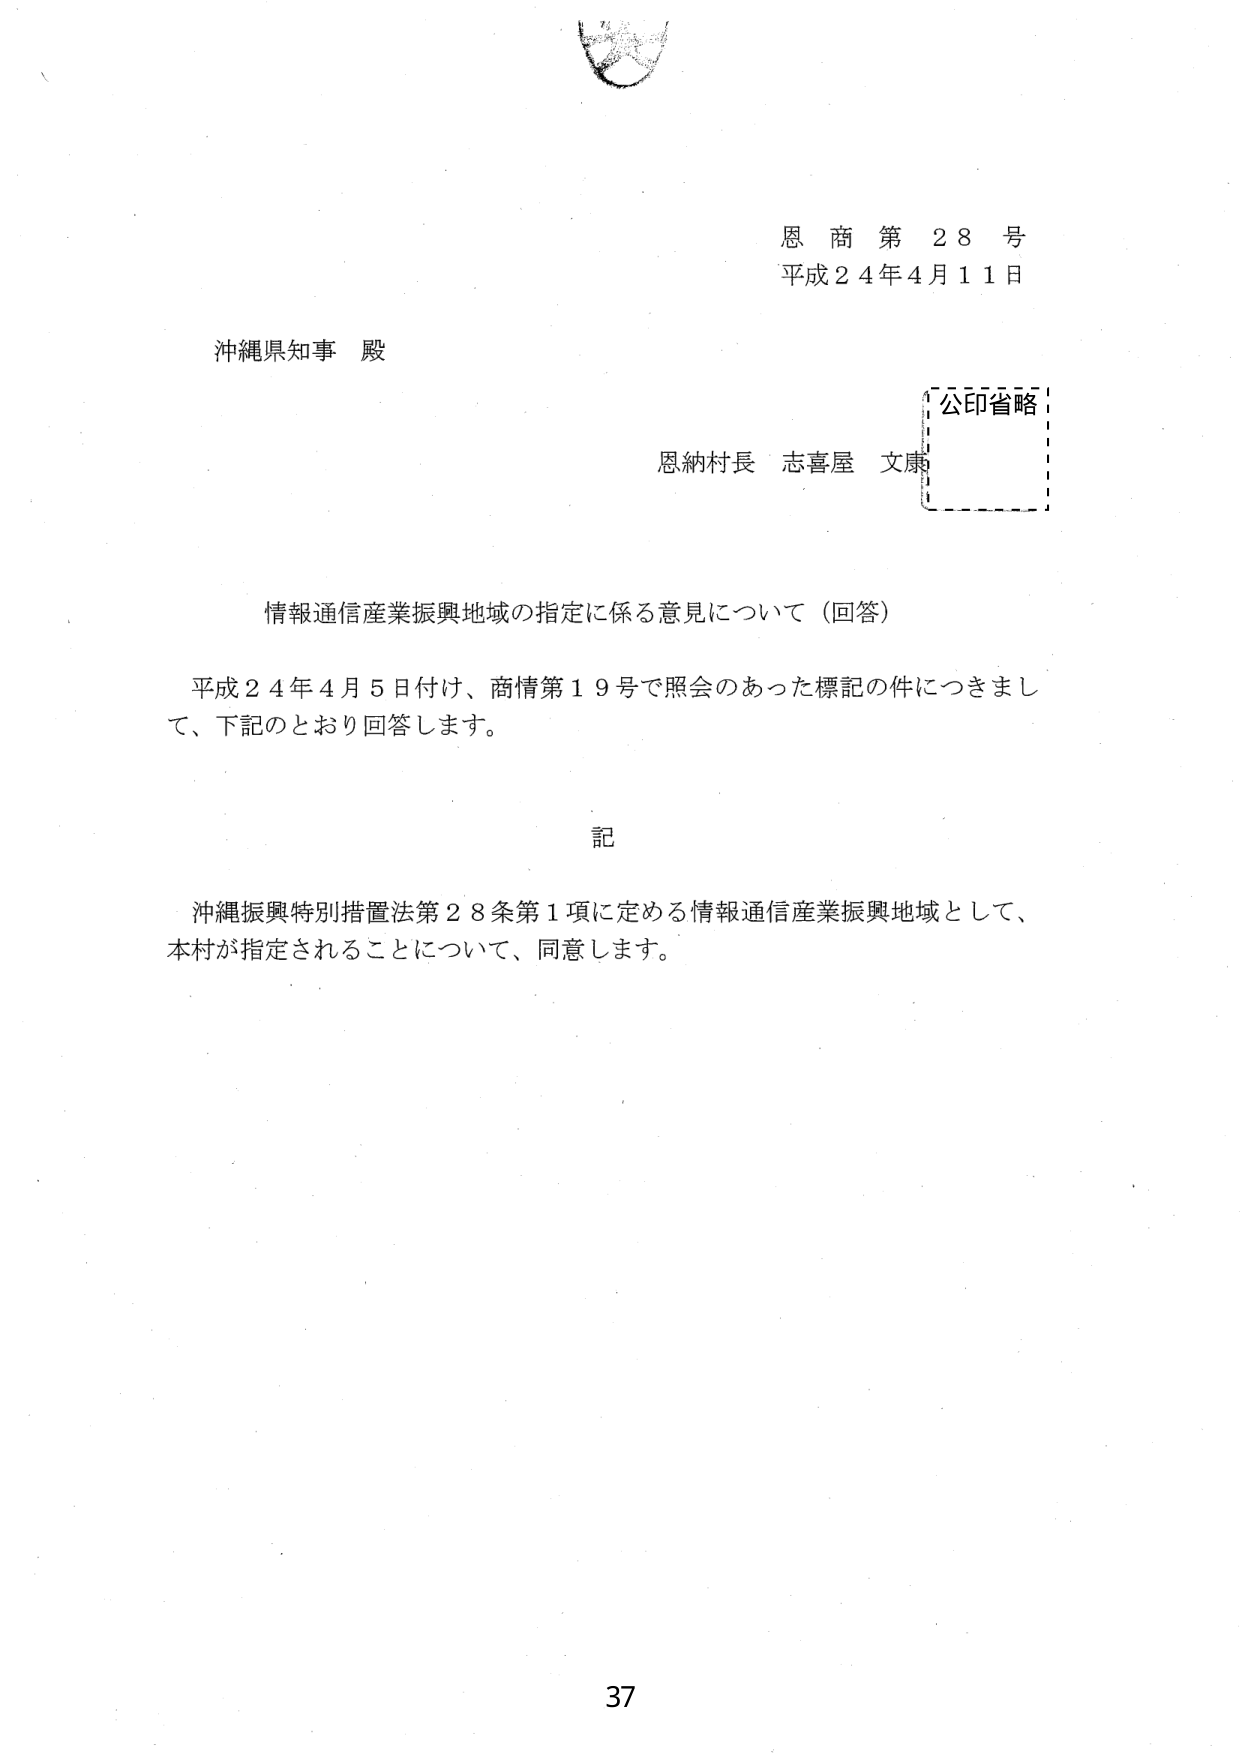
恩商第28号
平成24年4月11日

沖縄県知事 殿

恩納村長 志喜屋 文康
公印省略

情報通信産業振興地域の指定に係る意見について（回答）

平成24年4月5日付け、商情第19号で照会のあった標記の件につきまして、下記のとおり回答します。

記

沖縄振興特別措置法第28条第1項に定める情報通信産業振興地域として、本村が指定されることについて、同意します。

37